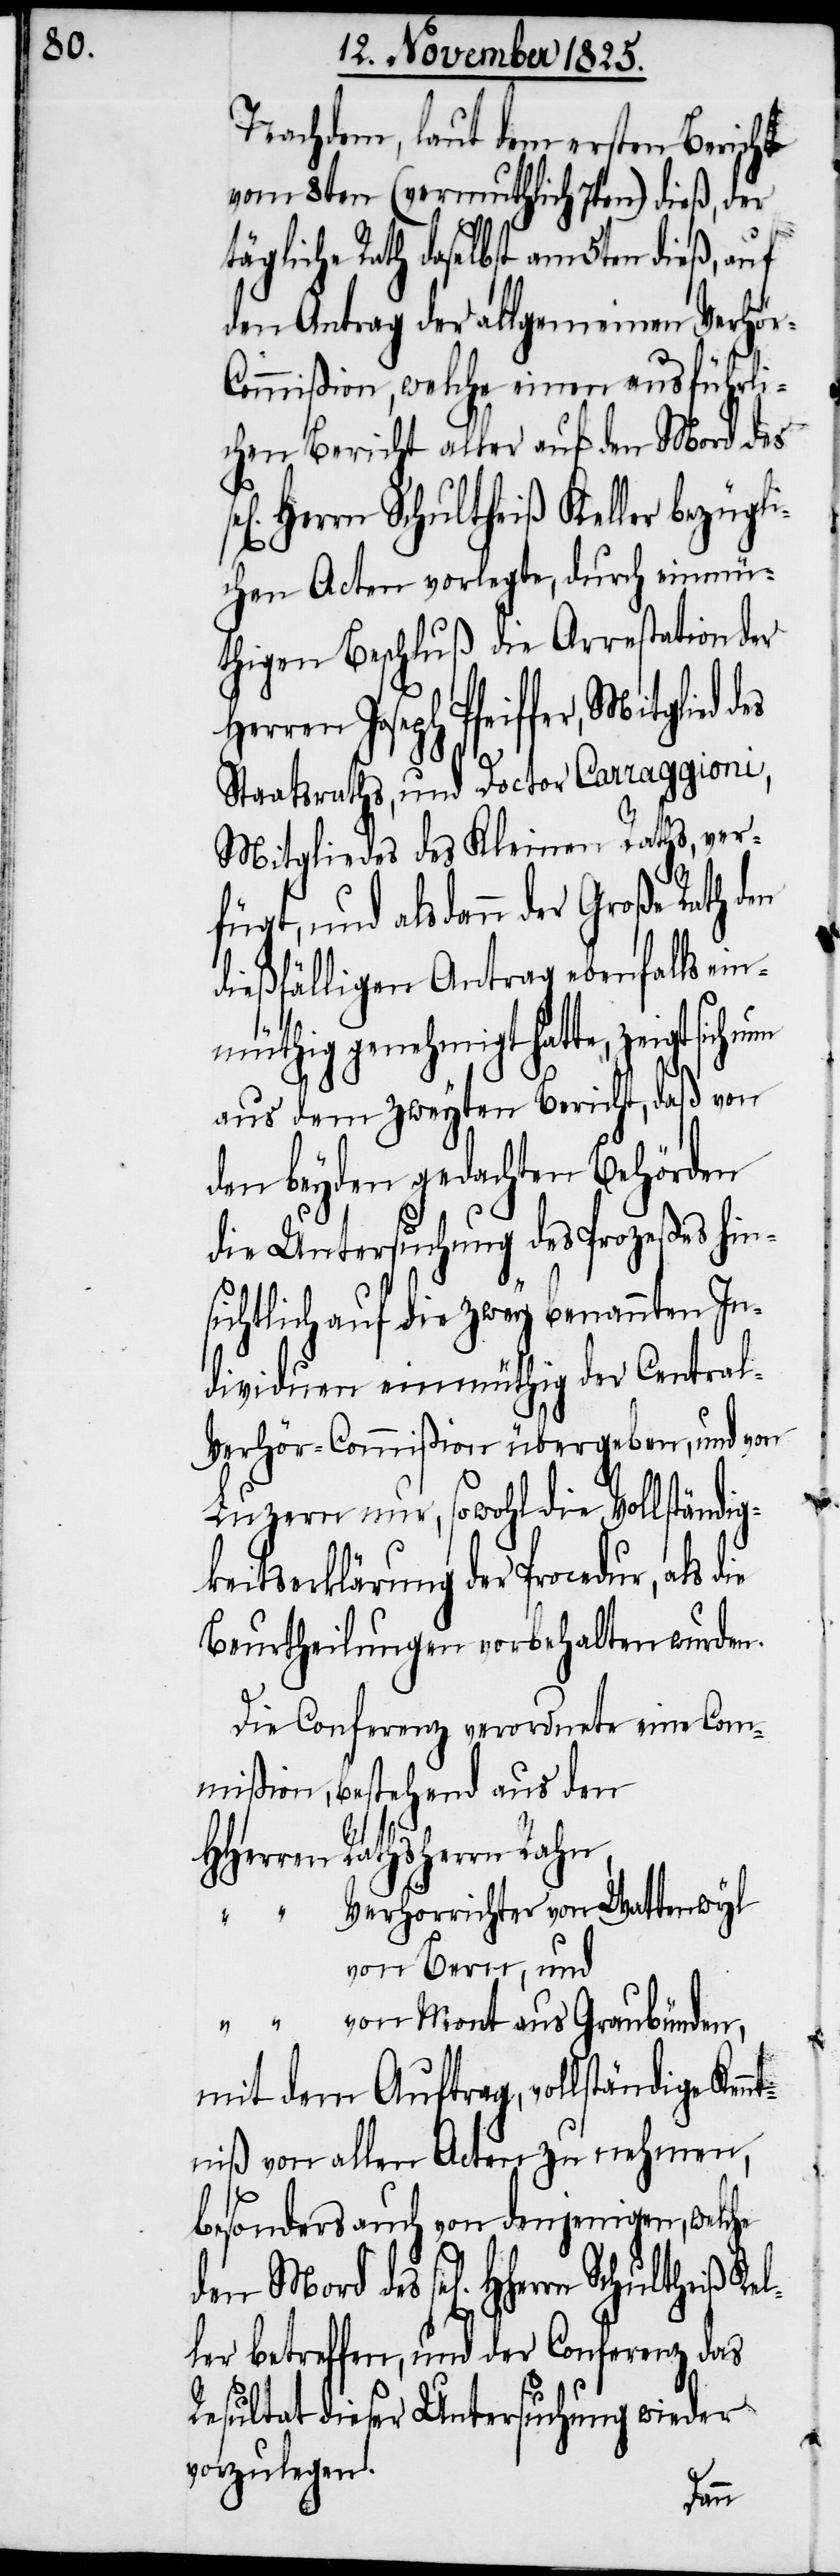
Nachdem, laut dem ersten Bericht
vom 8ten (vermuthlich 7ten) dieß, der
ägliche Rath daselbst am 5ten dieß, auf
den Antrag der allgemeinen Verhör-C¬
ommißion, welche einen ausführli¬
chen Bericht aller auf den Mord des
Herrn Schultheiß Kel¬
chen Acten vorlegte, durch einmü¬
thigen Beschluß die Arrestation der
Joseph Pfeiffer, Mitglied des
Staatsraths, und Doctor Carraggioni,
Mitgliedes des Kleinen Raths, ver¬
fügt, und als dann der Große Ra¬
dießfälligen Antrag ebenfalls ei¬
nmüthig genehmigt hatte, zeigt sich
aus dem zweyten Bericht, daß von
den beyden gedachten Behörden
die Untersuchung des Prozeß hin¬
sichtlich auf die zwey benannten In¬
dividuen einmüthig der Central-V¬
erhör-Commißion übergeben, und von
Luzern nur, sowohl die Vollständig¬
keitserklärung der Procedur, als die
Beurtheilungen vorbehalten wurden.
Die Conferenz verordnete eine Com¬
mißion, bestehend aus den
th
HHerren	Ratsherren Rahn,
“		Verhörrichter von Wattenwyl
von Bern, und
“		von Mont aus Graubünden,
mit dem Auftrag, vollständige Ken¬
ntniß von allen Acten zu nehmen,
besonders auch von denjenigen, welche
den Mord des sel[igen]
ler betreffen, und der Conferenz das
Resultat dieser Untersuchung wieder
vorzulegen.
den